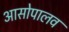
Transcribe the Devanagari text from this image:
आसोपालव